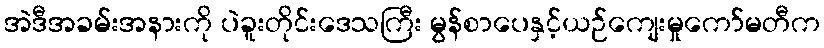
အဲဒီအခမ်းအနားကို ပဲခူးတိုင်းဒေသကြီး မွန်စာပေနှင့်ယဉ်ကျေးမှုကော်မတီက